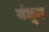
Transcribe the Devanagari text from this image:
बंधूम